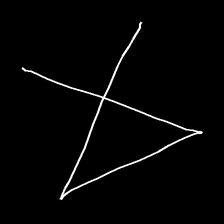
Glyph: collection